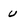
Character: U